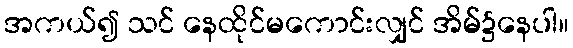
အကယ်၍ သင် နေထိုင်မကောင်းလျှင် အိမ်၌နေပါ။